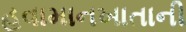
હવામાનખાતાની